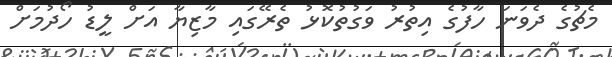
މެޗުގެ ދެވަނަ ހާފުގެ އިތުރު ވަގުތުކޮޅު ތެރޭގައި މާޒިޔާ އަށް ލީޑު ހޯދުމަށް